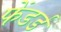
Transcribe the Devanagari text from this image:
फेंडर्ड